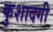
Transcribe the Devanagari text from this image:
कुशादगी